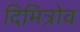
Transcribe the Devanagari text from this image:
दिमित्रोव